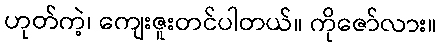
ဟုတ်ကဲ့၊ ကျေးဇူးတင်ပါတယ်။ ကိုဇော်လား။